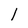
Character: l